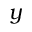
y